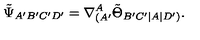
\tilde { \Psi } _ { A ^ { \prime } B ^ { \prime } C ^ { \prime } D ^ { \prime } } = \nabla _ { ( A ^ { \prime } } ^ { A } \tilde { \Theta } _ { B ^ { \prime } C ^ { \prime } | A | D ^ { \prime } ) } .